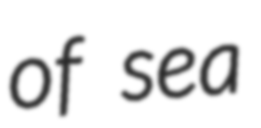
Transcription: of sea